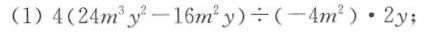
(1)$$4 ( 2 4 m ^ { 3 } y ^ { 2 } - 1 6 m ^ { 2 } y ) \div ( - 4 m ^ { 2 } ) \cdot 2 y$$；